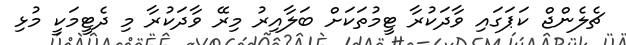
ޗެލެންޖް ކަޕަގައި ވާދަކުރާ ޓީމުތަކަށް ބަލާއިރު މިރޭ ވާދަކުރާ މި ދެޓީމަކީ މުޅި